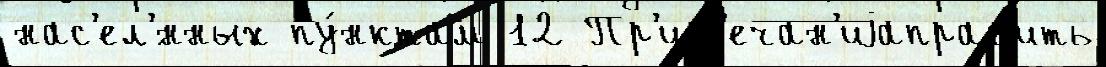
нас'ел'́нных пу́нктам 12 Пр'им'ечан'иjаправ'ить